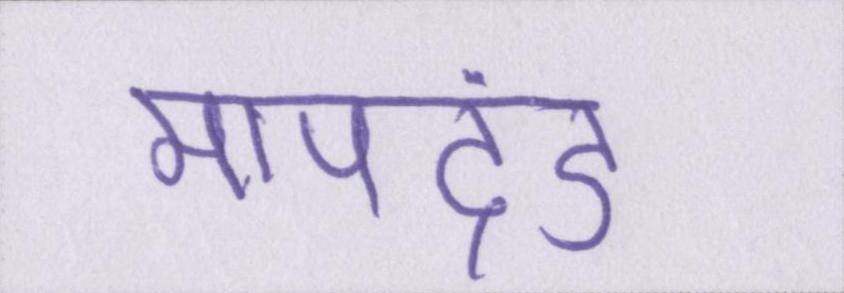
मापदंड